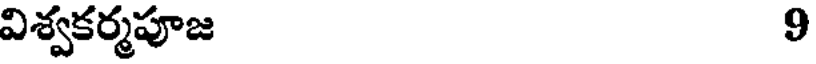
విశ్వకర్మపూజ 9